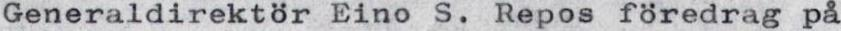
Generaldirektör Eino S. Repos föredrag på